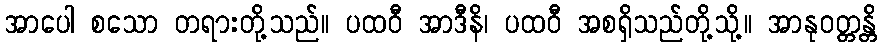
အာပေါ စသော တရားတို့သည်။ ပထဝီ အာဒီနိ၊ ပထဝီ အစရှိသည်တို့သို့။ အာနုဝတ္တန္တိ